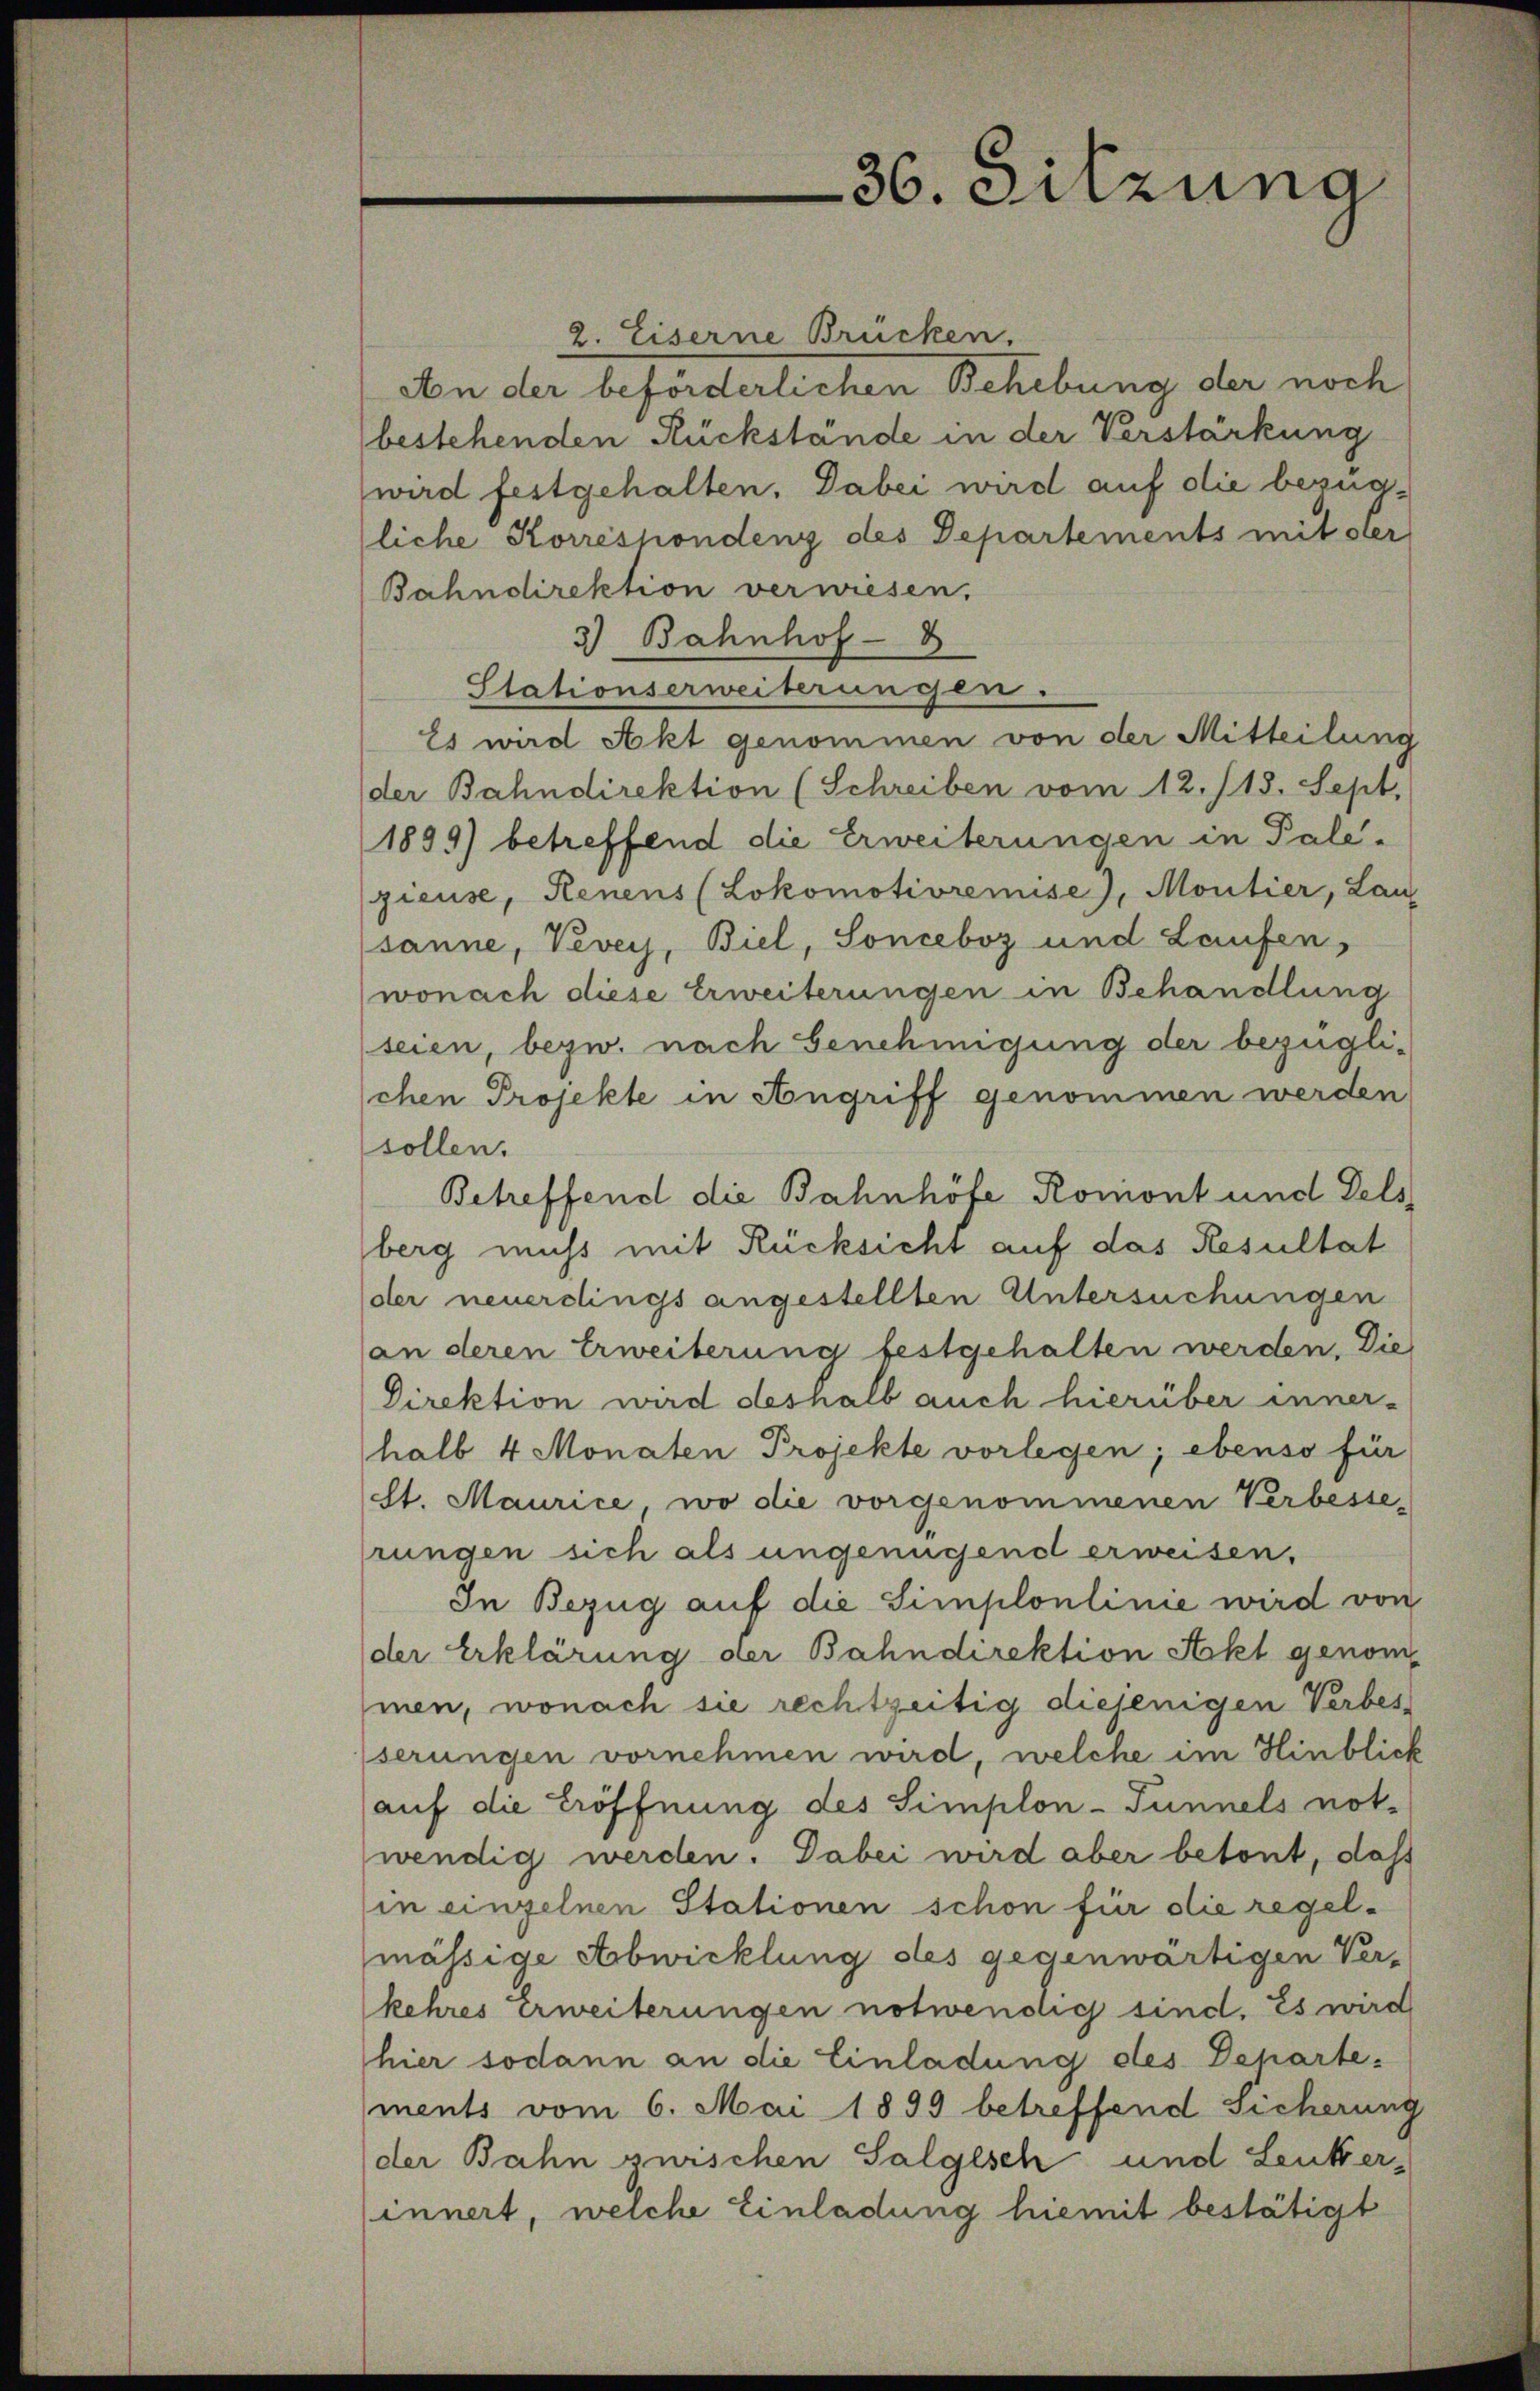
36. Sitzung

2. Eiserne Brücken,
Von der beförderlichen Behebung der noch
(bestehenden Rückstände in der Verstärkung
wird festgehalten. Dabei wird auf die bezüg-
liche Korrespondenz des Departements mit der
Bahndirektion verwiesen.
3) Bahnhof - 8
Stationserweiterungen.
Es wird Akt genommen von der Mitteilung
der Bahndirektion (Schreiben vom 12. 118. Sept.
1899) betreffend die Erweiterungen in Palegieuse, Renens (Lokomotivremise), Moutier, Lan
sanne, Vevey, Biel, Sonceboz und Laufen,
wonach diese Erweiterungen in Behandlung
seien, bezw. nach Genehmigung der bezüglichen Projekte in Angriff genommen werden
sollen.
Betreffend die Bahnhöfe Romont und Dels
berg muss mit Rücksicht auf das Resultat
der neuerdings angestellten Untersuchungen
(an deren Erweiterung festgehalten werden. Die
Direktion wird deshalb auch hierüber inner-
halb 4 Monaten Projekte vorlegen; ebenso für
St. Maurice, wo die vorgenommenen Verbesse-
prungen sich als ungenügend erweisen,
In Bezug auf die Simplonlinie wird von
der Erklärung der Bahndirektion Akt genom
men, wonach sie rechtzeitig diejenigen Verbes
serungen vornehmen wird, welche im Hinblick
auf die Eröffnung des Simplon-Tunnels not-
wendig werden. Dabei wird aber betont, daß
in einzelnen Stationen schon für die regelmässige Abwicklung des gegenwärtigen Ver-
kehres Erweiterungen notwendig sind. Es wird
hier sodann an die Einladung des Departements vom 6. Mai 1899 betreffend Sicherung
der Bahn zwischen Salgesch und Leukerinnert, welche Einladung hiemit bestätigt